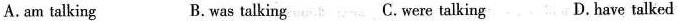
A. am talking B.was talking C.were talking D.have talked